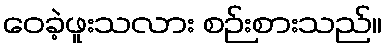
ဝေခဲ့ဖူးသလား စဉ်းစားသည်။